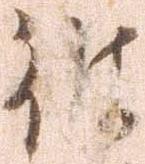
彼